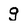
Character: g